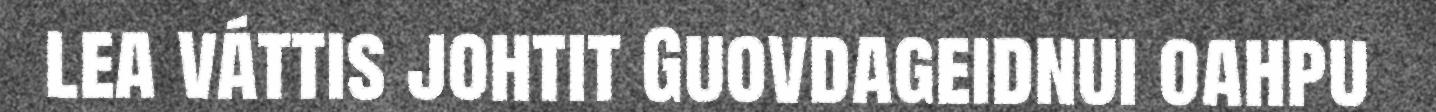
lea váttis johtit Guovdageidnui oahpu